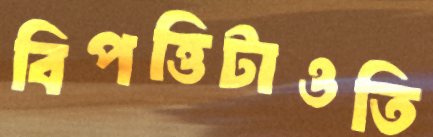
বিপত্তিটাওতি